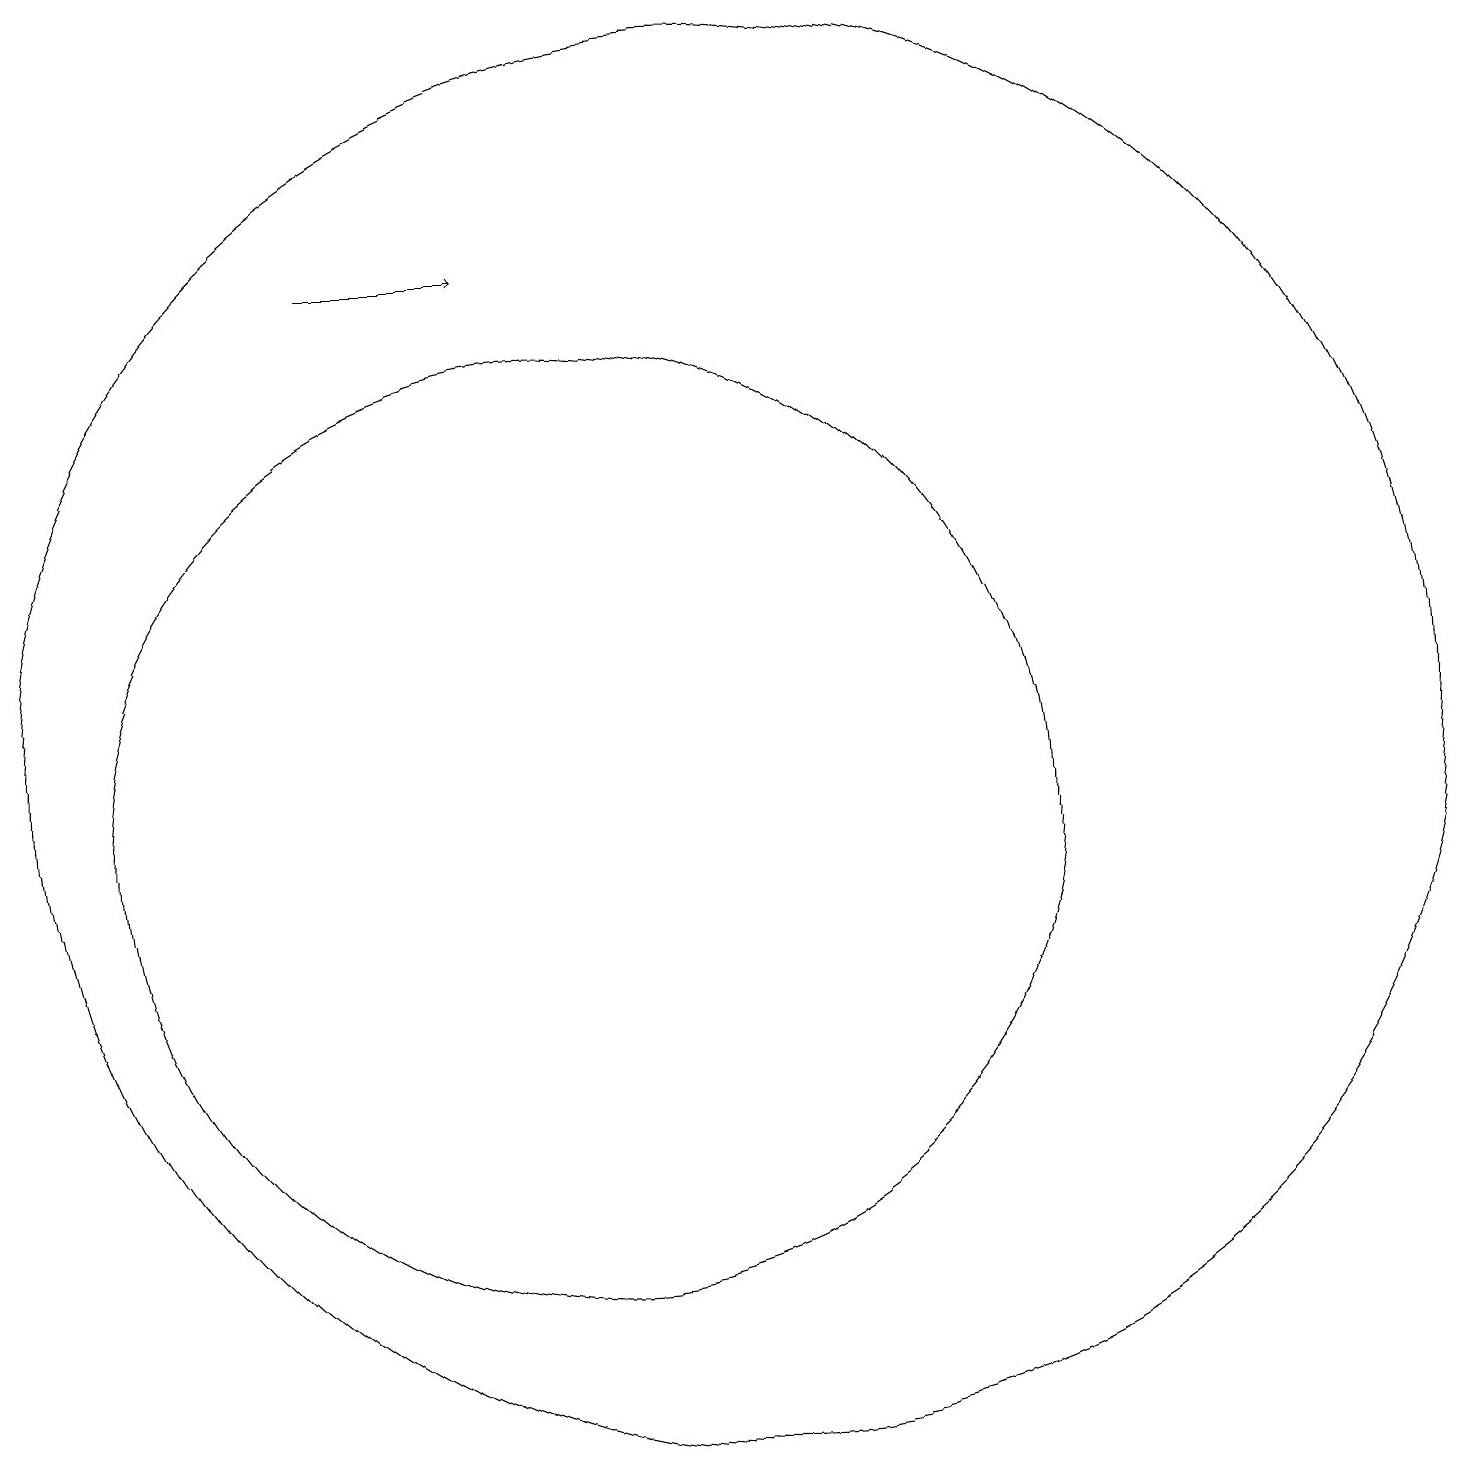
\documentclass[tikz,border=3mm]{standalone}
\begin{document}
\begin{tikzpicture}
\draw (10,10) circle (6);
\draw (12,11) circle (9);
\draw[->] (7,17) -- (9,17);
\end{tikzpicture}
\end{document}